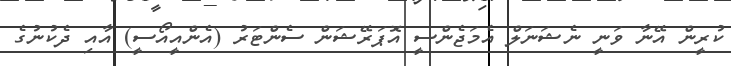
ކުރީން އޭނާ ވަނީ ނެޝަނަލް އެމަޖެންސީ އޮޕަރޭޝަން ސެންޓަރު (އެންއީއޯސީ) އާއި ދެކުުނުގެ